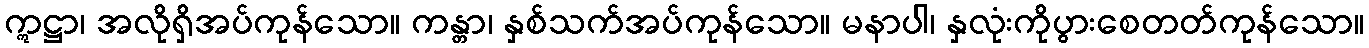
ဣဋ္ဌာ၊ အလိုရှိအပ်ကုန်သော။ ကန္တာ၊ နှစ်သက်အပ်ကုန်သော။ မနာပါ၊ နှလုံးကိုပွားစေတတ်ကုန်သော။